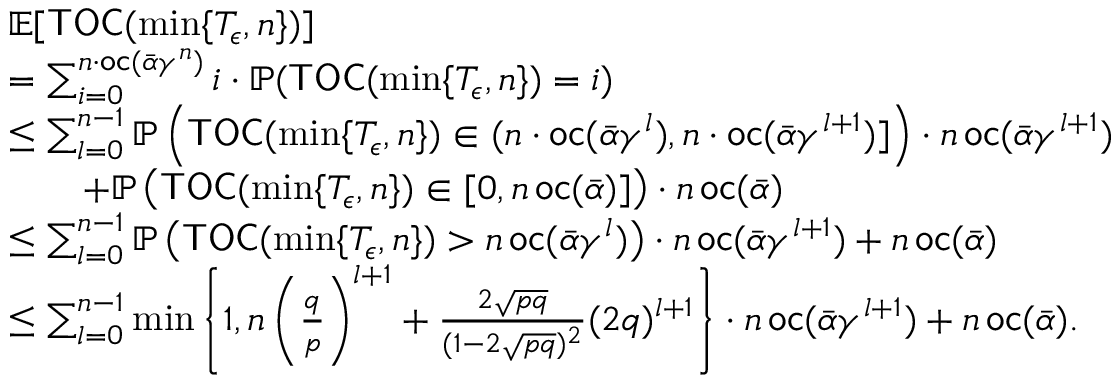
\begin{array} { r l } & { \mathbb { E } [ \mathsf { T O C } ( \operatorname* { m i n } \{ T _ { \epsilon } , n \} ) ] } \\ & { = \sum _ { i = 0 } ^ { n \cdot \mathsf { o c } ( \bar { \alpha } \gamma ^ { n } ) } { i \cdot \mathbb { P } ( \mathsf { T O C } ( \operatorname* { m i n } \{ T _ { \epsilon } , n \} ) = i ) } } \\ & { \leq \sum _ { l = 0 } ^ { n - 1 } \mathbb { P } \left( \mathsf { T O C } ( \operatorname* { m i n } \{ T _ { \epsilon } , n \} ) \in ( n \cdot \mathsf { o c } ( \bar { \alpha } \gamma ^ { l } ) , n \cdot \mathsf { o c } ( \bar { \alpha } \gamma ^ { l + 1 } ) ] \right) \cdot n \, \mathsf { o c } ( \bar { \alpha } \gamma ^ { l + 1 } ) } \\ & { \qquad + \mathbb { P } \left( \mathsf { T O C } ( \operatorname* { m i n } \{ T _ { \epsilon } , n \} ) \in [ 0 , n \, \mathsf { o c } ( \bar { \alpha } ) ] \right) \cdot n \, \mathsf { o c } ( \bar { \alpha } ) } \\ & { \leq \sum _ { l = 0 } ^ { n - 1 } \mathbb { P } \left( \mathsf { T O C } ( \operatorname* { m i n } \{ T _ { \epsilon } , n \} ) > n \, \mathsf { o c } ( \bar { \alpha } \gamma ^ { l } ) \right) \cdot n \, \mathsf { o c } ( \bar { \alpha } \gamma ^ { l + 1 } ) + n \, \mathsf { o c } ( \bar { \alpha } ) } \\ & { \leq \sum _ { l = 0 } ^ { n - 1 } \operatorname* { m i n } \left\{ 1 , n \left( \frac { q } { p } \right) ^ { l + 1 } + \frac { 2 \sqrt { p q } } { ( 1 - 2 \sqrt { p q } ) ^ { 2 } } ( 2 q ) ^ { l + 1 } \right\} \cdot n \, \mathsf { o c } ( \bar { \alpha } \gamma ^ { l + 1 } ) + n \, \mathsf { o c } ( \bar { \alpha } ) . } \end{array}